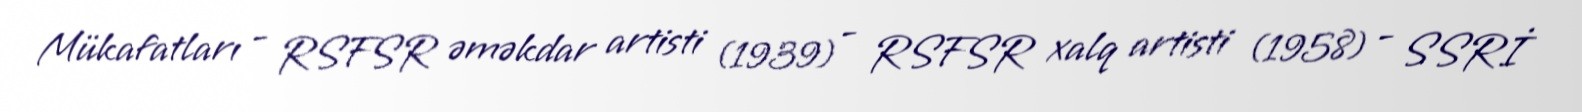
Mükafatları - RSFSR əməkdar artisti (1939) - RSFSR xalq artisti (1958) - SSRİ